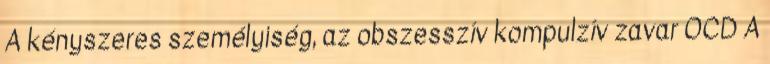
A kényszeres személyiség, az obszesszív kompulzív zavar OCD A